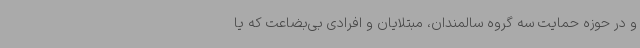
و در حوزه حمایت سه گروه سالمندان، مبتلایان و افرادی بی‌بضاعت که یا